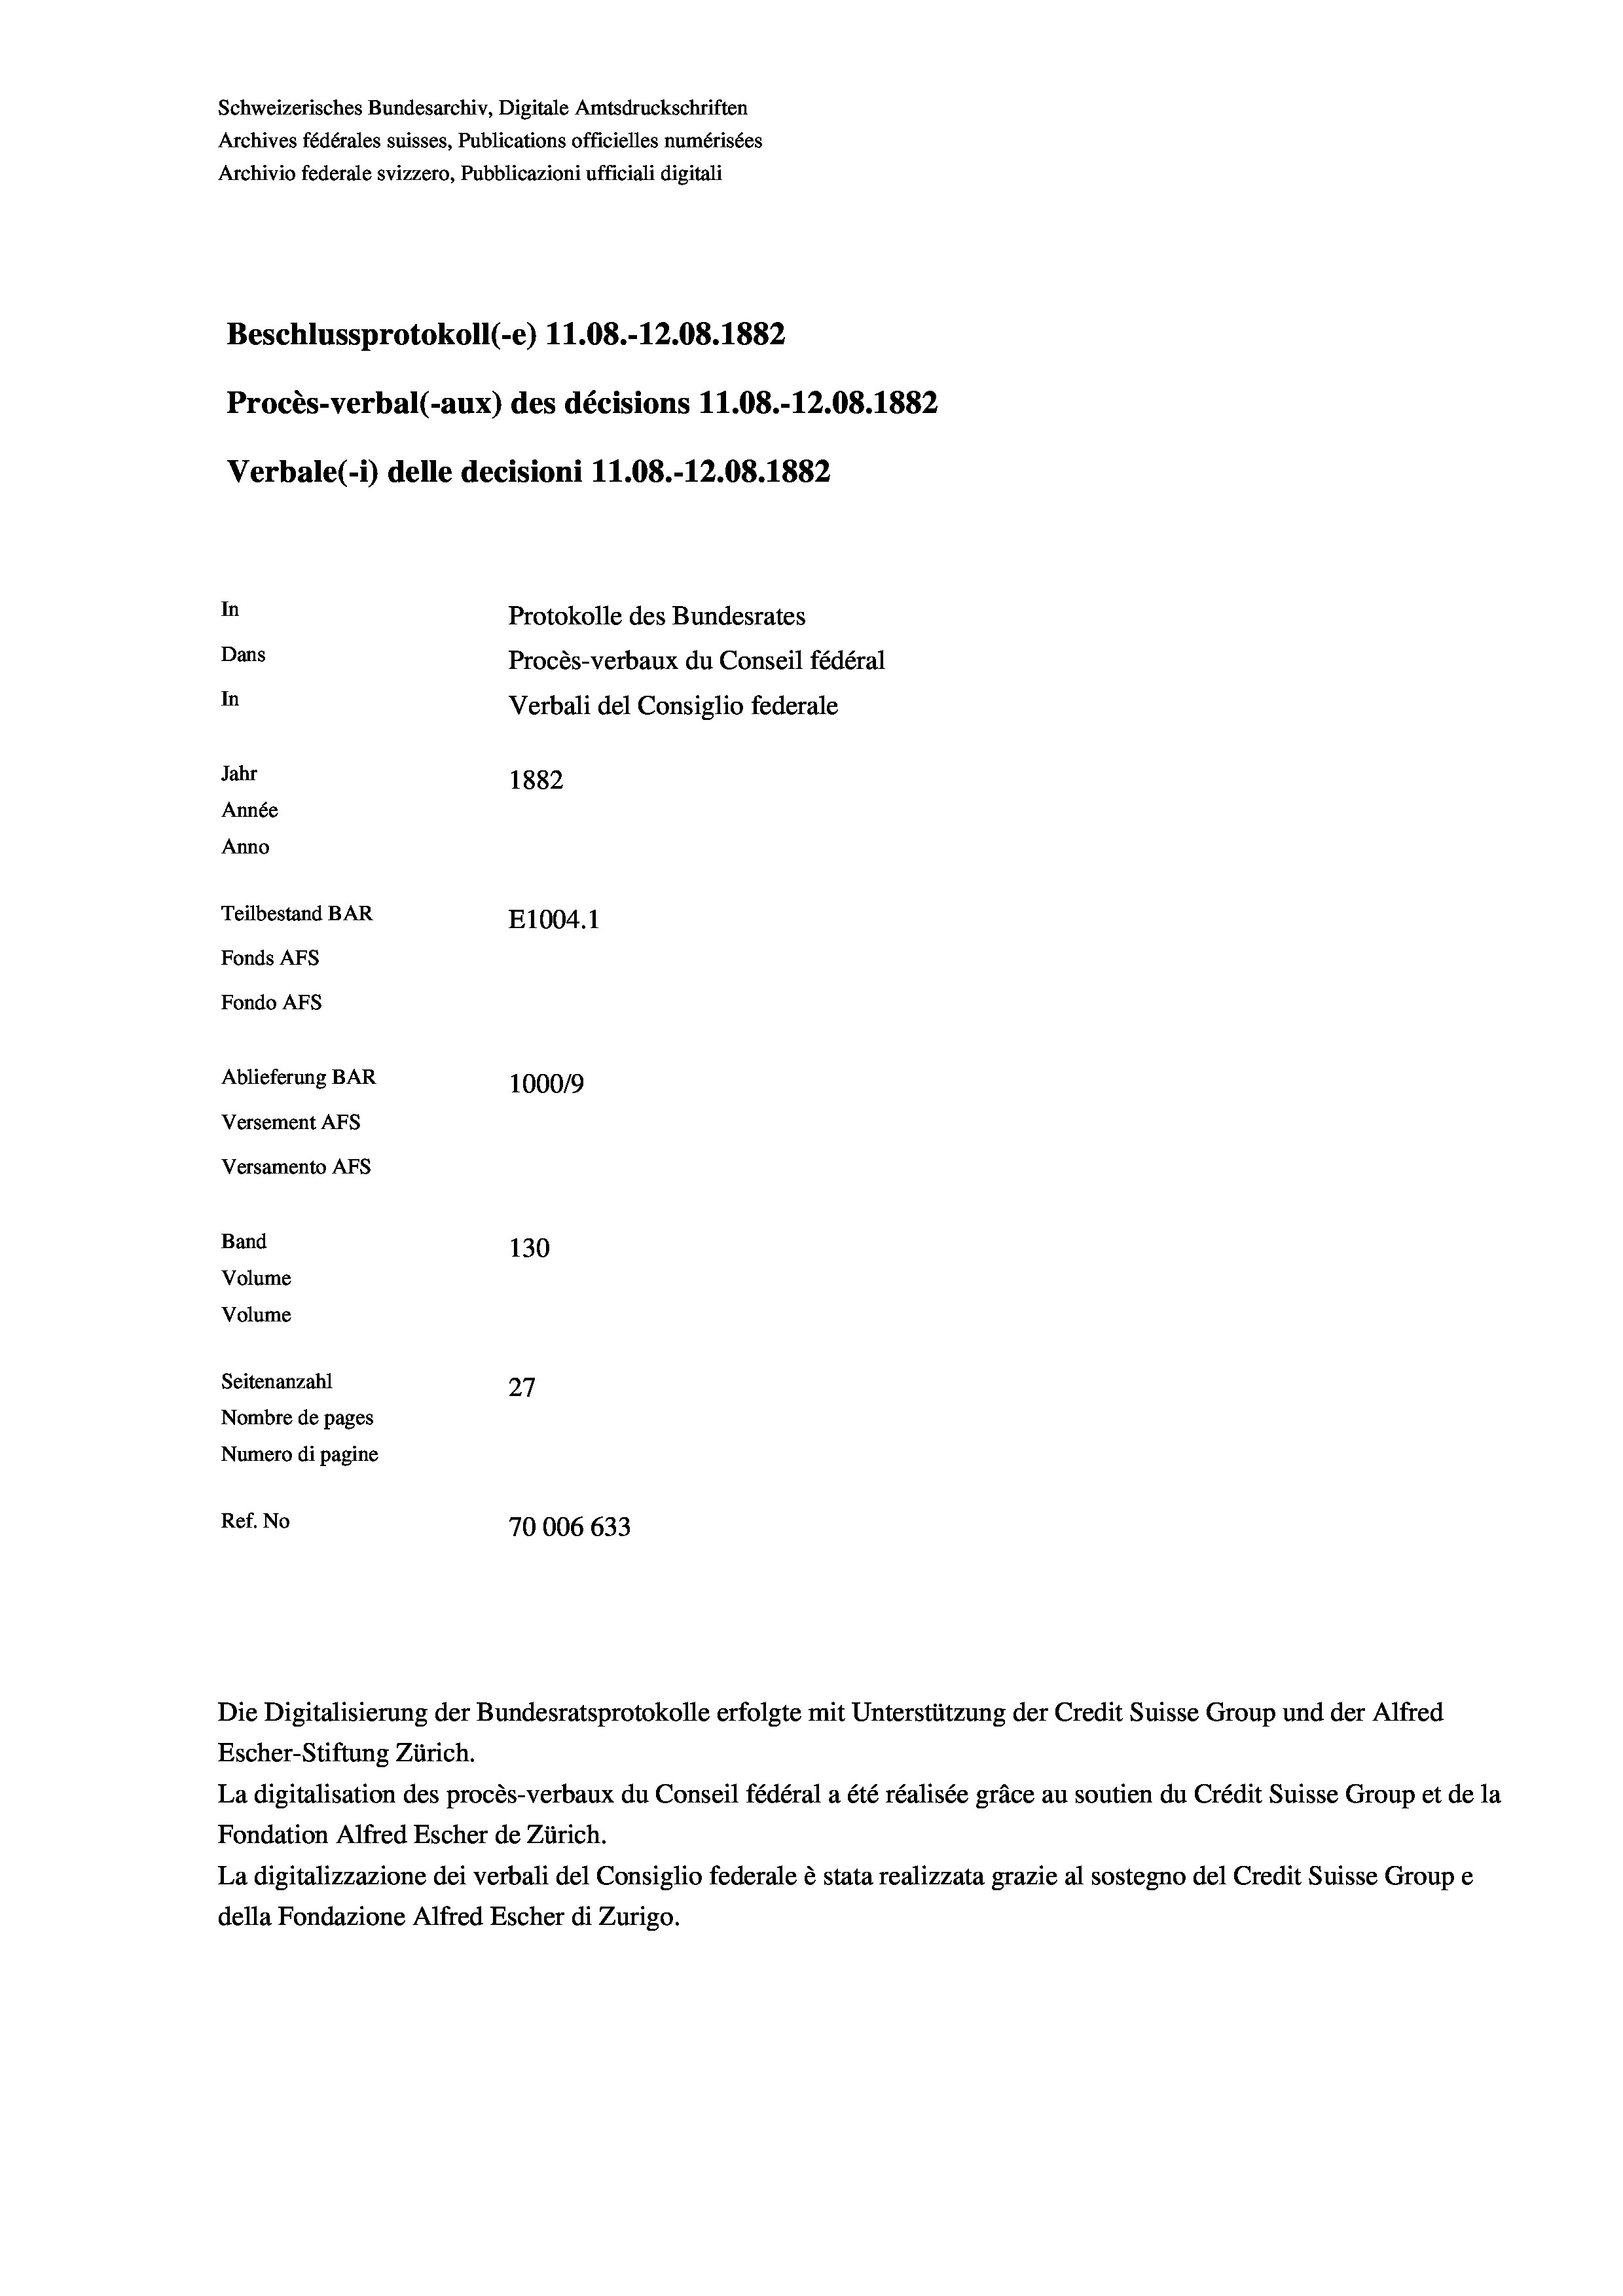
Schweizerisches Bundesarchiv, Digitale Amtsdruckschriften
Archives fédérales suisses, Publications officielles numérisées
Archivio federale svizzero, Pubblicazioni ufficiali digitali
Beschlussprotokoll (-e) 11.08.-12.08. 1882
Procès-verbal (-aux) des décisions 11.08.-12.08. 1882
Verbale (- 1) delle decisioni 11.08.-12.08. 1882
In
Protokolle des Bundesrates
Dans
Procès-verbaux du Conseil fédéral
In
Verbali del Consiglio federale
Jahr
1882
Année
Anno
Teilbestand BAR
E1004. 1
Fonds AFs
Fondo Afs
Ablieferung BAR
100019
Versement AFs
Versamento Afs
Band
130
Volume

Seitenanzahl
27
Nombre de pages
Numero di pagine
Ref. No
70006 633

Volume

Die Digitalisierung der Bundesratsprotokolle erfolgte mit Unterstützung der Credit Suisse Group und der Alfred
Escher-Stiftung Zürich.
La digitalisation des procès-verbaux du Conseil fédéral a été réalisée gräce au soutien du Crédit Suisse Group et de la
Fondation Alfred Escher de Zürich.
La digitalizzazione dei verbali del Consiglio federale è stata realizzata grazie al sostegno del Credit Suisse Groupe
della Fondazione Alfred Escher di Zurigo.